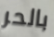
بالحر